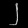
Digit: ၂